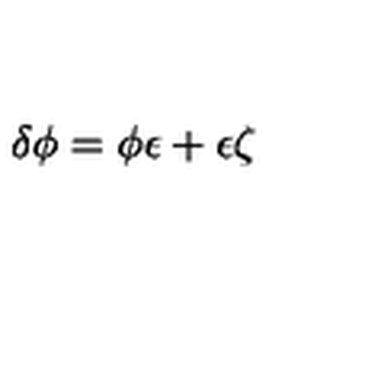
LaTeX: \delta \phi = \phi \epsilon + \epsilon \zeta